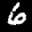
Label: 6